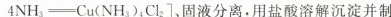
4NH_{3} \xlongequal[]{} Cu(NH_{3} )_{4} Cl_{2} ]固液分离。用盐酸溶解沉淀并制